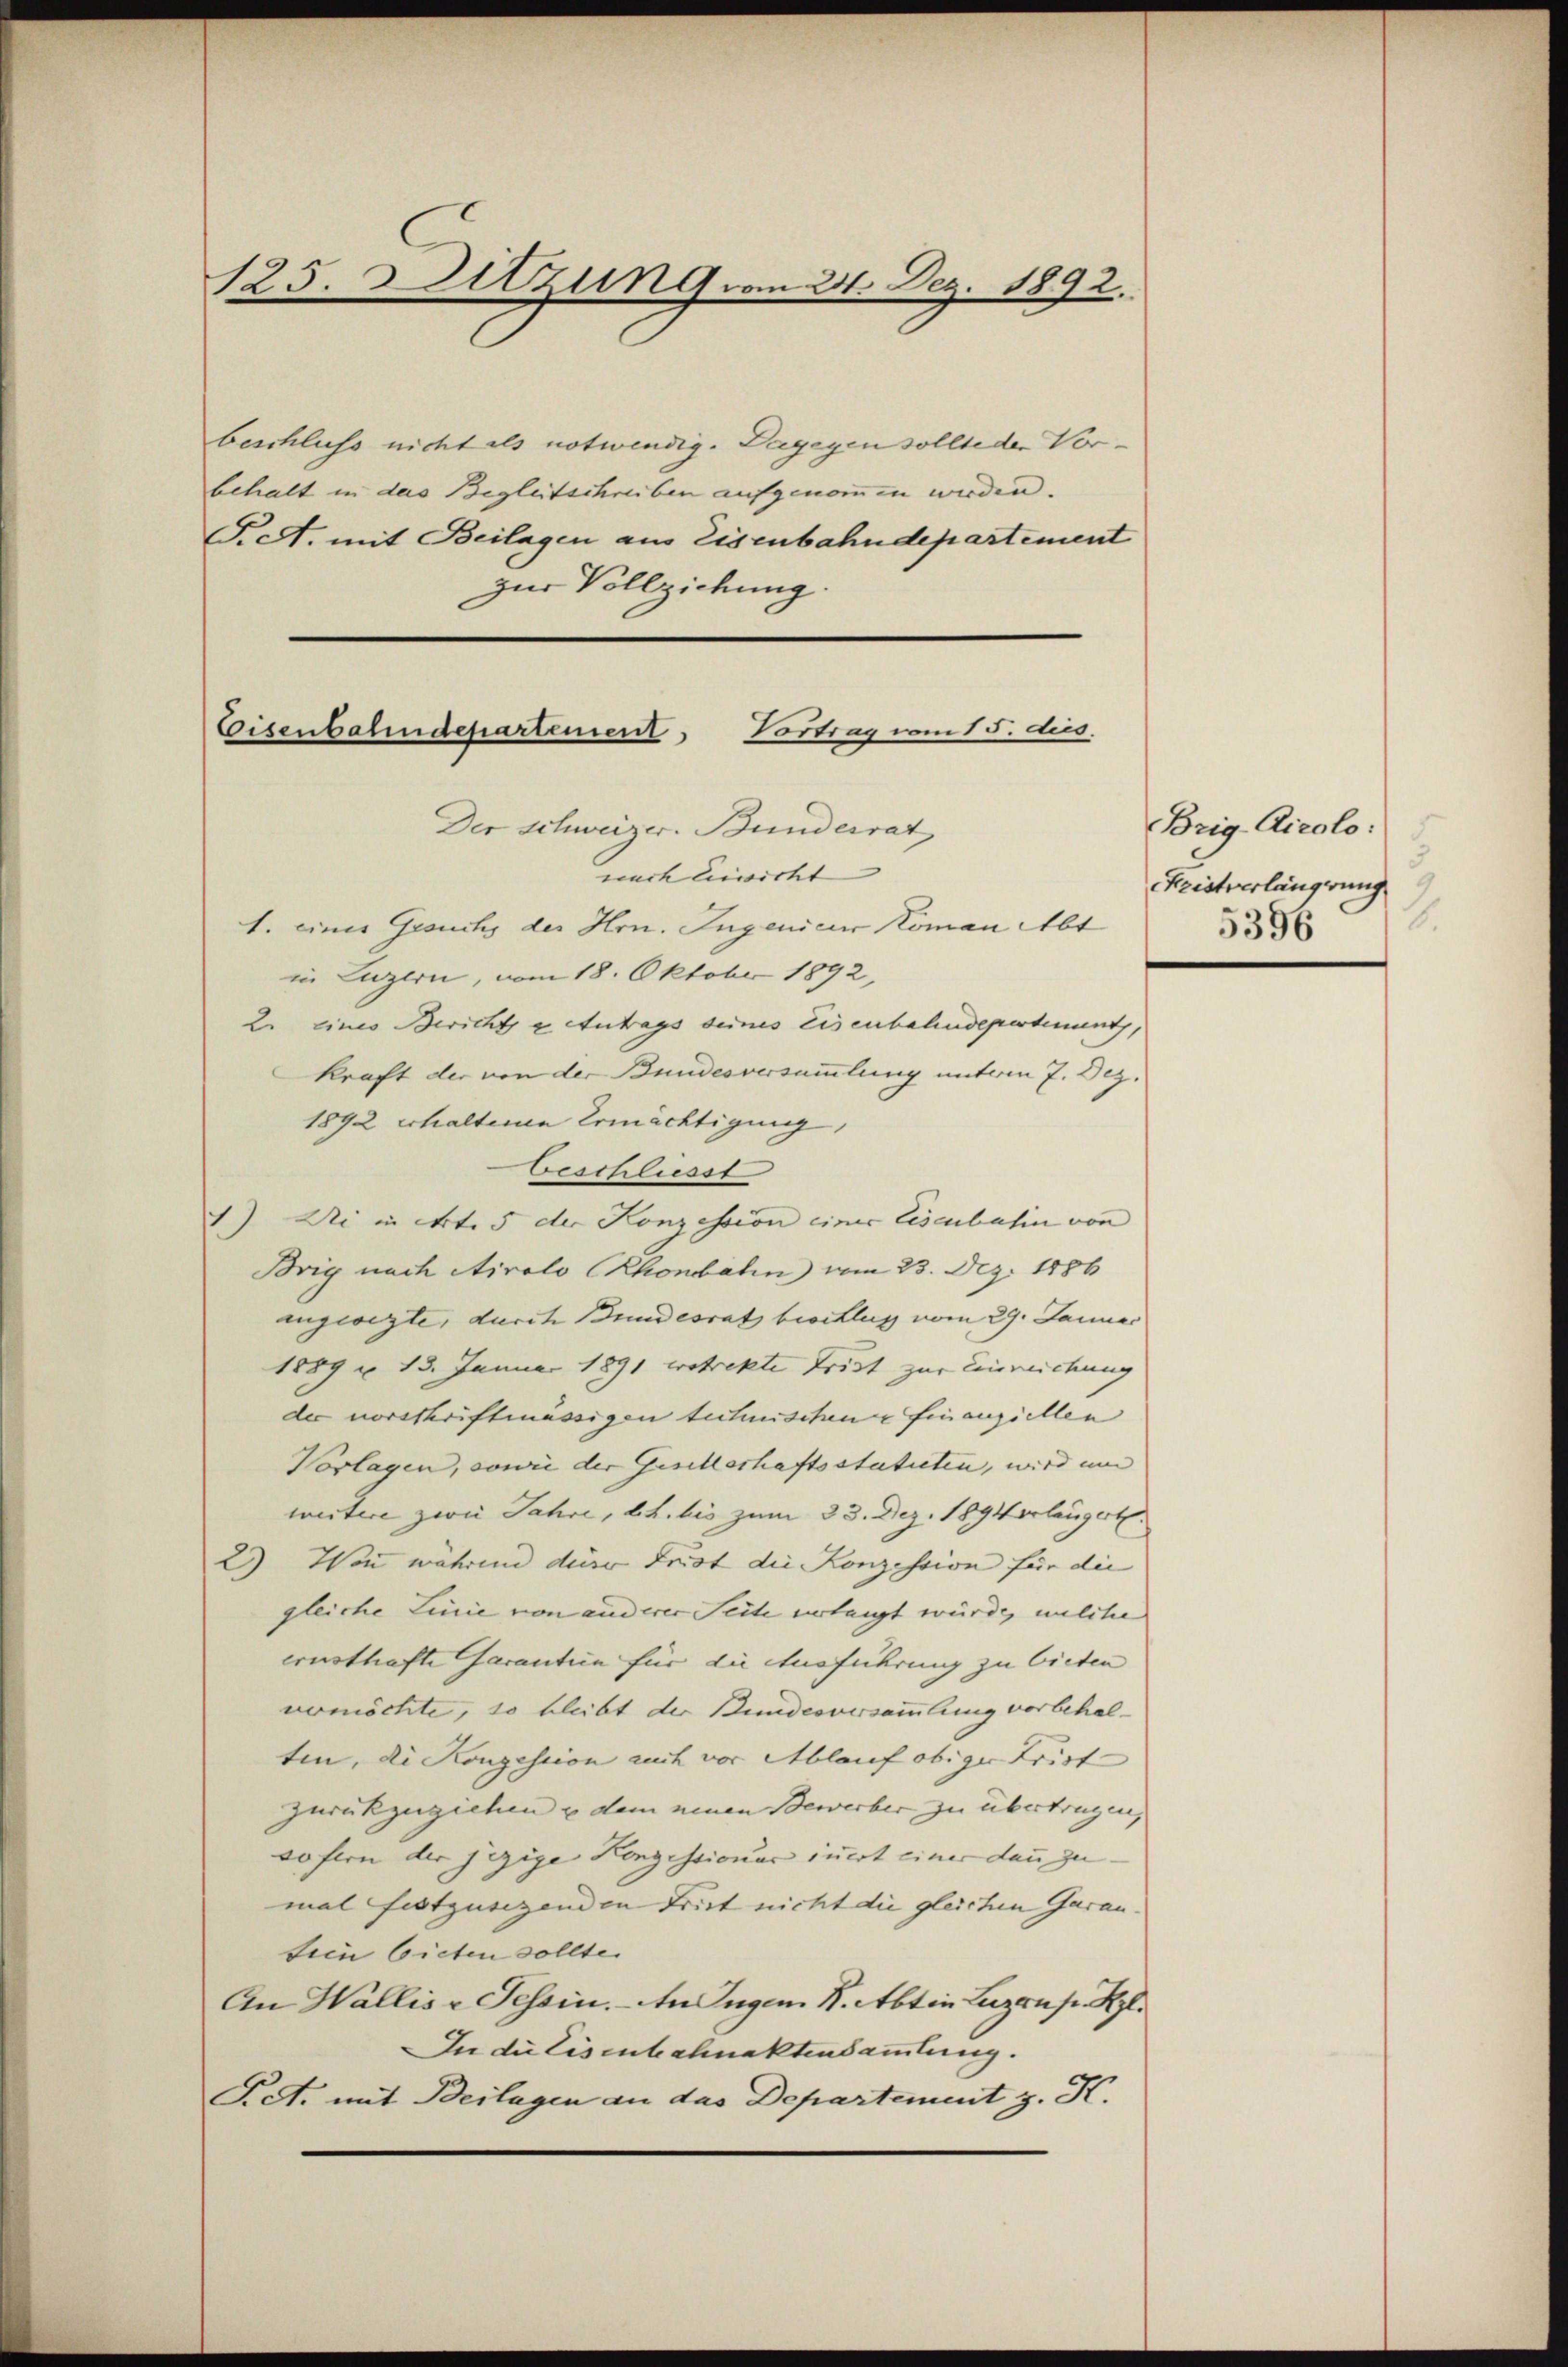
125. Sitzung vom 31. Dez. 1892.

beschluss nicht als notwendig. Dagegen sollte der Vorbehalt in das Begleitschreiben aufgenommen werden.
S. A. mit Beilagen aus Eisenbahndepartement
zur Vollziehung

1. einer Gesuchs der Hrn. Ingenieur Koman Abt
in Luzern, vom 18. Oktober 1892,
2. eines Bericht u Antrags seines Eisenbahndepartement,
Kraft der von der Bundesversammlung unterm 7. Dez.
1892 erhaltern Ermächtigung.
Beschliesst
1) Die in Art. 5 der Konzession einer Eisenbahin von
Brig nach Airolo Rhonbahn vom 23. Dez. 1886
ingeregte, durch Bundesrath beschluss vom 29. Januar
1889 n 13. Januar 1891 erstrekte Trist zur Einreichung
der vorschriftmässigen technischene Finanziellen
Vorlagen, sowie der Gesellschaftsstatuten, wird um
weitere zwei Jahre, d. h. bis zum 23. Dez. 1894 erlängert.
2) Wie während diese Frist die Konzession für die
gleiche Linie von anderer Seite erlangt würde, welche
ernsthafte Gacantien für die Ausführung zu bieten
uemöchte, so bleibt der Bundesversammlung vorbehalten, die Konzession auch vor Ablauf obiger Frist
zurückzuziehen u dem neuen Bewerber zu übertragen.
sofern der jezige Konzessionar inert einer dann zu
mal festzusezenden Frist nicht die gleichen Garansein bieten sollte.
An Wallise Tessin. - An Jugen K. Abtin Luzern pr. Kgl.
In die Eisenbahnaktensammlung.
Pct. mit Beilagen an das Departement z. K.

Eisenbahndepartement, Vortrag vom 15. ds.
Der Schweizer. Bundesrat
nach Einwicht

Brig Airolo.
hristverlängerung
2.
5396